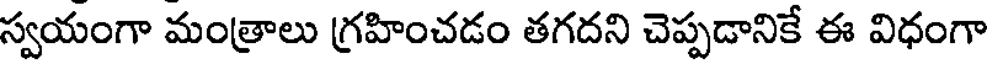
స్వయంగా మంత్రాలు గ్రహించడం తగదని చెప్పడానికే ఈ విధంగా